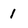
Character: 1